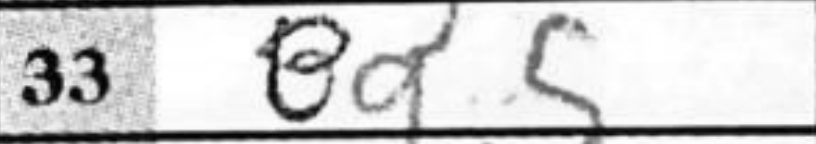
Transcription: Bg5